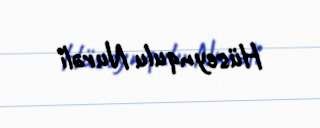
Hüseynqulu Nurəli